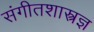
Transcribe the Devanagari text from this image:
संगीतशास्त्रज्ञ